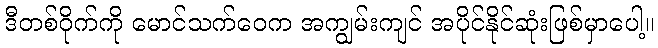
ဒီတစ်ဝိုက်ကို မောင်သက်ဝေက အကျွမ်းကျင် အပိုင်နိုင်ဆုံးဖြစ်မှာပေါ့။